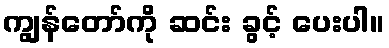
ကျွန်တော်ကို ဆင်း ခွင့် ပေးပါ။